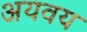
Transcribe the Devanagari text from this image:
अयवय